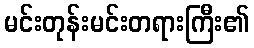
မင်းတုန်းမင်းတရားကြီး၏